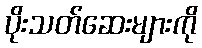
ပိုးသတ်ဆေးများကို